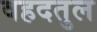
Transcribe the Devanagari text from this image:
वहदतुल